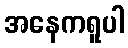
အနေကရူပါ